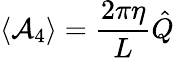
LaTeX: \langle{\cal A}_{4}\rangle=\frac{2\pi\eta}{L}\hat{Q}